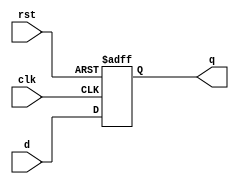
module Register
#(parameter DATA_WIDTH = 32)
(
	input clk, rst,
	input [DATA_WIDTH - 1:0] d,
	output reg [DATA_WIDTH - 1:0] q
);

always @(posedge clk or posedge rst) begin
	if (rst) q = 0;
	else q = d;
end

endmodule